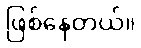
ဖြစ်နေတယ်။